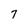
Character: 7